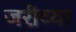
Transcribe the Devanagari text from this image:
जरीच्या